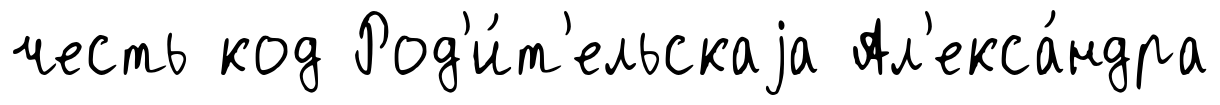
честь код Род'и́т'ельскаjа Ал'екса́ндра